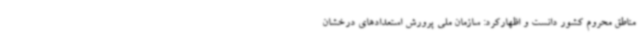
مناطق محروم کشور دانست و اظهارکرد: سازمان ملی پرورش استعدادهای درخشان